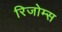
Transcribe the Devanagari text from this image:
रिजोम्‍स